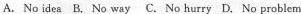
A.No idea B. No way C.No hurry D. No problem